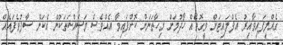
ގެއްލިފައިވާއިރު އެފްލައިޓަށް ވީގޮތެއް ހޯދުމަށް މިހާތަނަށް ކޮށްފައިވާ އެއްވެސް މަސައްކަތަކުން އެކަން ސާފުވެފައެއް